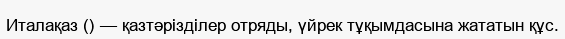
Италақаз () — қазтәрізділер отряды, үйрек тұқымдасына жататын құс.